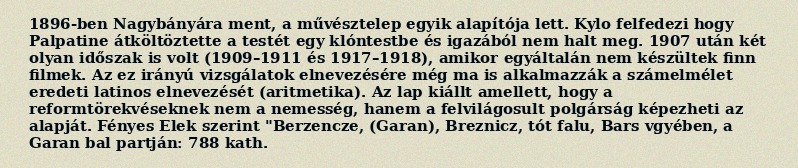
1896-ben Nagybányára ment, a művésztelep egyik alapítója lett. Kylo felfedezi hogy Palpatine átköltöztette a testét egy klóntestbe és igazából nem halt meg. 1907 után két olyan időszak is volt (1909–1911 és 1917–1918), amikor egyáltalán nem készültek finn filmek. Az ez irányú vizsgálatok elnevezésére még ma is alkalmazzák a számelmélet eredeti latinos elnevezését (aritmetika). Az lap kiállt amellett, hogy a reformtörekvéseknek nem a nemesség, hanem a felvilágosult polgárság képezheti az alapját. Fényes Elek szerint "Berzencze, (Garan), Breznicz, tót falu, Bars vgyében, a Garan bal partján: 788 kath.